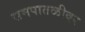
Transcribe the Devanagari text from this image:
समपातळीवर